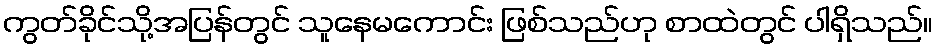
ကွတ်ခိုင်သို့အပြန်တွင် သူနေမကောင်း ဖြစ်သည်ဟု စာထဲတွင် ပါရှိသည်။